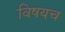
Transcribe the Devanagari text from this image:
विषयच